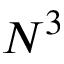
N ^ { 3 }